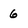
Character: 6